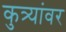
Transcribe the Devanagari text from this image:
कुत्र्यांवर